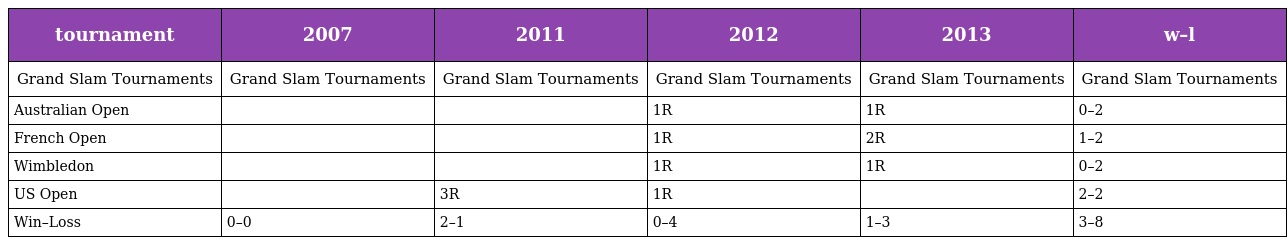
| tournament | 2007 | 2011 | 2012 | 2013 | w–l |
 | --- | --- | --- | --- | --- | --- |
 | Grand Slam Tournaments | Grand Slam Tournaments | Grand Slam Tournaments | Grand Slam Tournaments | Grand Slam Tournaments | Grand Slam Tournaments |
 | Australian Open |  |  | 1R | 1R | 0–2 |
 | French Open |  |  | 1R | 2R | 1–2 |
 | Wimbledon |  |  | 1R | 1R | 0–2 |
 | US Open |  | 3R | 1R |  | 2–2 |
 | Win–Loss | 0–0 | 2–1 | 0–4 | 1–3 | 3–8 |